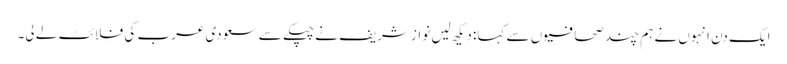
ایک دن انہوں نے ہم چند صحافیوں سے کہا: دیکھ لیں نواز شریف نے چپکے سے سعودی عرب کی فلائٹ لے لی۔